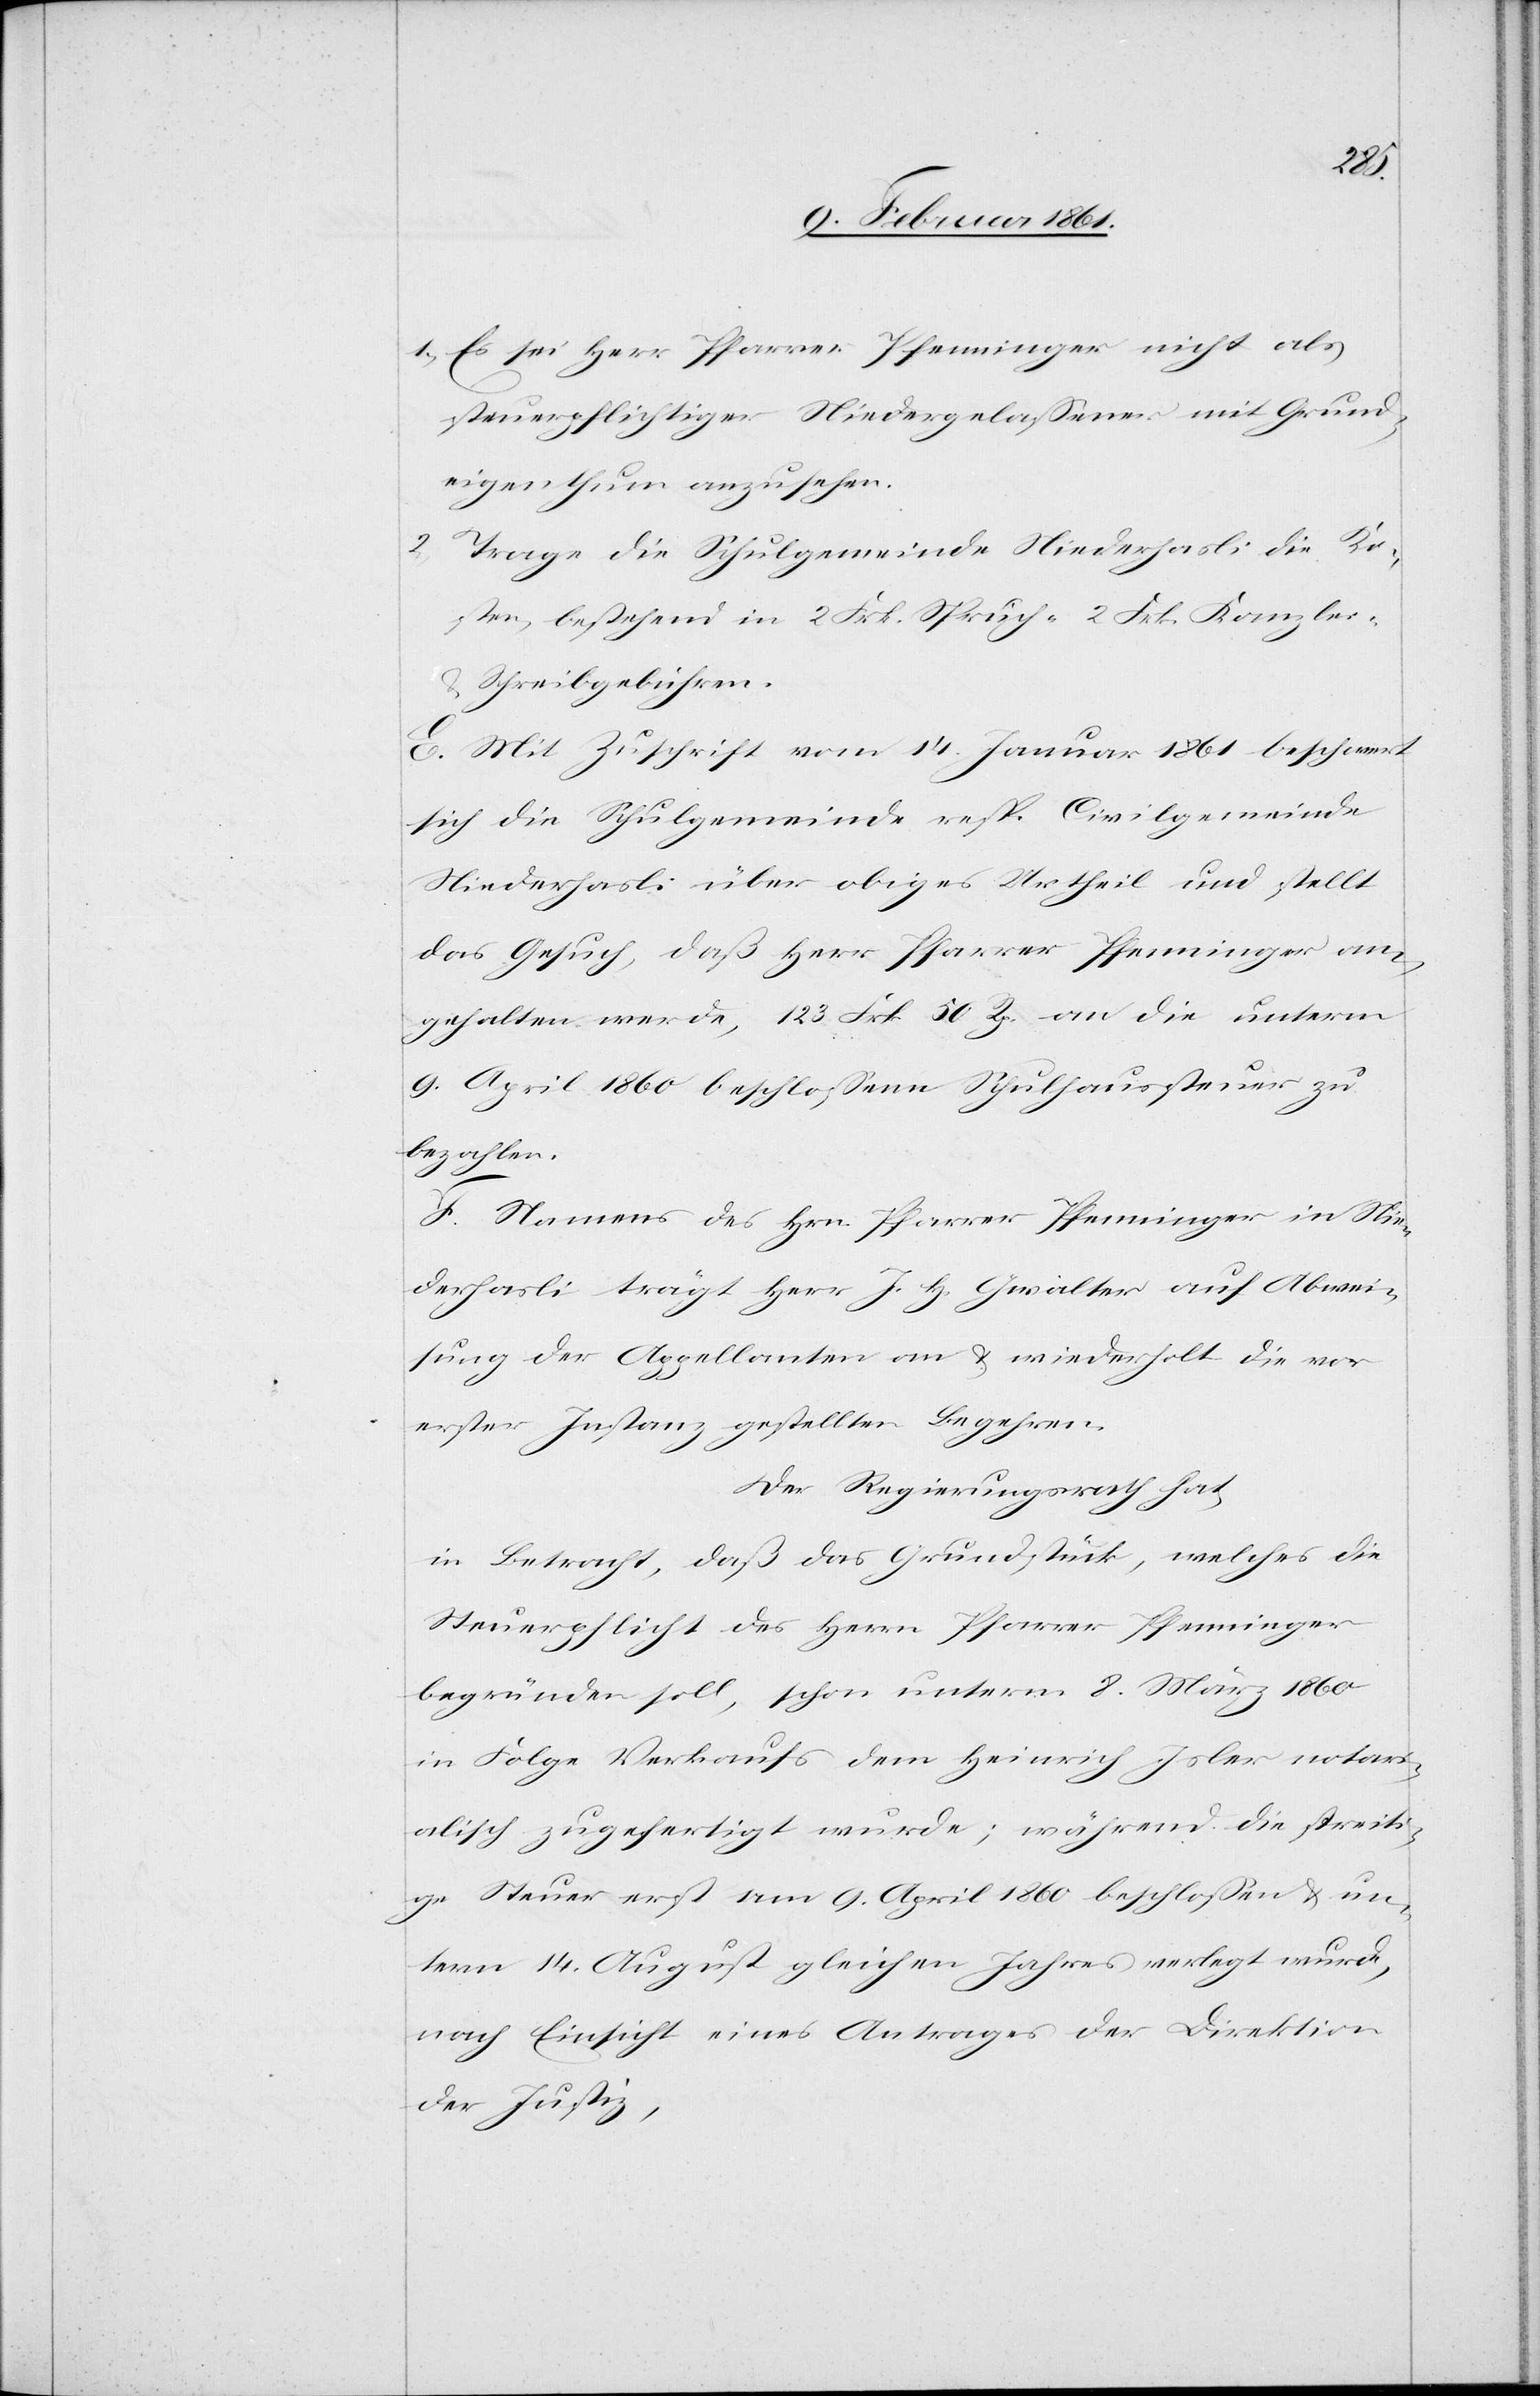
1) Es sei Herr Pfarrer Pfenninger nicht als
steuerpflichtiger Niedergelassener mit Grund¬
eigenthum anzusehen.
Trage die Schulgemeinde Niederhasli die Ko¬
sten, bestehend in 2. Frk. Spruch-[,] 2. Frk. Kanzlei-
Schreibgebühren.
E. Mit Zuschrift vom 14. Januar 1861 beschwert
sich die Schulgemeinde resp. Civilgemeinde
Niederhasli über obiges Urtheil und stellt
das Gesuch, daß Herr Pfarrer Pfenninger an¬
gehalten werde, 123 Frk. 50 Rp. an die unterm
9. April 1860 beschlossene Schulhaussteuer zu
bezahlen.
F. Namens des Hrn. Pfarrer Pfenninger in Nie¬
derhasli trägt Herr J. H. Gwalter auf Abwei¬
sung der Appellanten an u. wiederholt die vor
erster Instanz gestellten Begehren.
Der Regierungsrath hat,
in Betracht, daß das Grundstück, welches die
Steuerpflicht des Herrn Pfarrer Pfenninger
begründen soll, schon unterm 8. März 1860
in Folge Verkaufs dem Herrn Heinrich Isler notari¬
alisch zugefertigt wurde; während die streiti¬
ge Steuer erst am 9. April 1860 beschlossen u. un¬
term 14. August gleichen Jahres verlegt wurde,
nach Einsicht eines Antrages der Direktion
der Justiz,